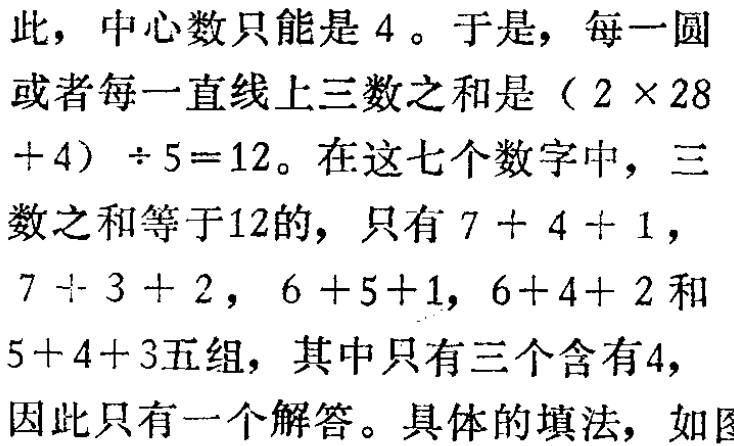
此，中心数只能是 4 。于是，每一圆

或者每一直线上三数之和是（$2\times 28$

$ + 4$）$\div 5 = 12$。在这七个数字中，三

数之和等于12的，只有$7 + 4 + 1$，

$7 + 3 + 2$，$6 + 5 + 1$，$6 + 4 + 2$和

$5 + 4 + 3$五组，其中只有三个含有4，

因此只有一个解答。具体的填法，如图